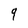
Character: 9